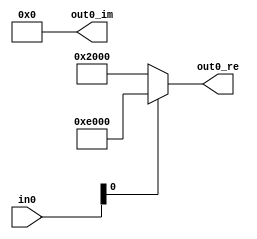
// -------------------------------------------------------------
// 
// 
// Generated by MATLAB 9.12 and HDL Coder 3.20
// 
// -------------------------------------------------------------


// -------------------------------------------------------------
// 
// Module: BPSK_Modulator_Baseband
// Source Path: BPSK_Modulator_Demodulator/BPSK_Modulator/BPSK Modulator Baseband
// Hierarchy Level: 2
// 
// -------------------------------------------------------------

`timescale 1 ns / 1 ns

module BPSK_Modulator_Baseband
          (in0,
           out0_re,
           out0_im);


  input   signed [15:0] in0;  // int16
  output  signed [15:0] out0_re;  // sfix16_En13
  output  signed [15:0] out0_im;  // sfix16_En13


  wire bpsk_sel;
  wire signed [15:0] inphase_val0;  // sfix16_En13
  wire signed [15:0] inphase_val1;  // sfix16_En13
  wire signed [15:0] inphase;  // sfix16_En13
  wire signed [15:0] quadrature;  // sfix16_En13


  assign bpsk_sel = in0[0];



  assign inphase_val0 = 16'sb0010000000000000;



  assign inphase_val1 = 16'sb1110000000000000;



  assign inphase = (bpsk_sel == 1'b0 ? inphase_val0 :
              inphase_val1);



  assign out0_re = inphase;

  assign quadrature = 16'sb0000000000000000;



  assign out0_im = quadrature;

endmodule  // BPSK_Modulator_Baseband